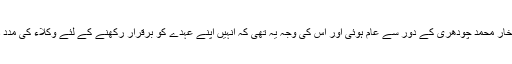
یہ بدعت افتخار محمد چودھری کے دور سے عام ہوئی اور اس کی وجہ یہ تھی کہ انہیں اپنے عہدے کو برقرار رکھنے کے لئے وکلاء کی مدد درکار تھی۔